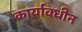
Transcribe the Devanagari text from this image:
कार्यावधीन